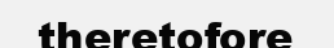
theretofore